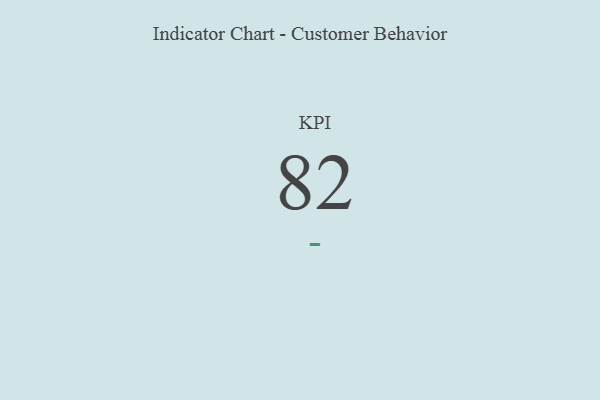
{"axis": {"x": "KPI", "y": "Value"}, "legend": [""], "data": [{"x": "KPI", "y": 82, "type": ""}]}